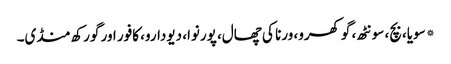
* سویا، بچ، سونٹھ، گوکھرو، ورنا کی چھال، پورنوا، دیودارو، کافور اور گورکھ منڈی۔